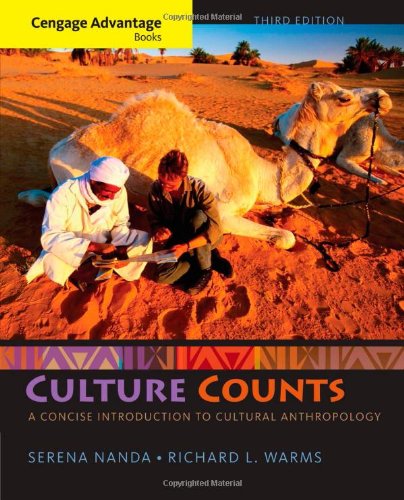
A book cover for Cengage Advantage Books: Culture Counts: A Concise Introduction to Cultural Anthropology; Serena Nanda; Science & Math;